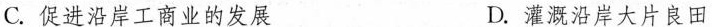
C.促进沿岸工商业的发展 D.灌溉沿岸大片良田